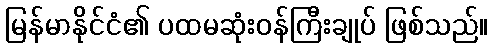
မြန်မာနိုင်ငံ၏ ပထမဆုံးဝန်ကြီးချုပ် ဖြစ်သည်။